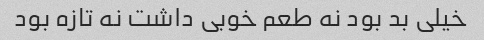
خیلی بد بود نه طعم خوبی داشت نه تازه بود